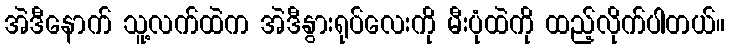
အဲဒီနောက် သူ့လက်ထဲက အဲဒီနွားရုပ်လေးကို မီးပုံထဲကို ထည့်လိုက်ပါတယ်။